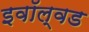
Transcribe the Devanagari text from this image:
इवॉल्वड